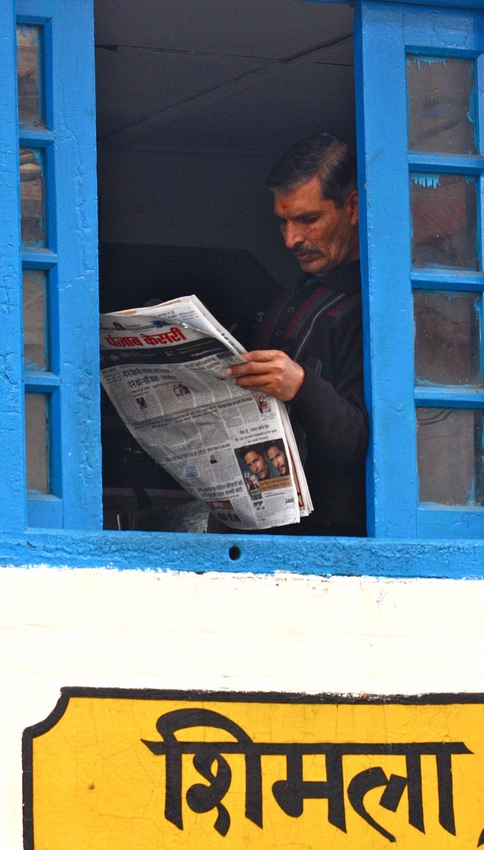
Language: hindi
Transcription: शिमला केसरी